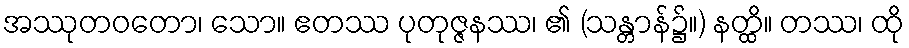
အဿုတဝတော၊ သော။ ဧတဿ ပုတုဇ္ဇနဿ၊ ၏ (သန္တာန်၌။) နတ္ထိ။ တဿ၊ ထို